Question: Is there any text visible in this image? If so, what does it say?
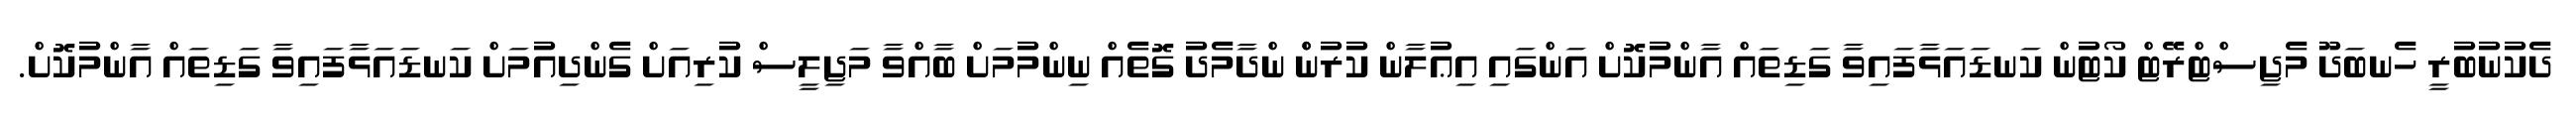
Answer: ދެކުނުބުރީ ހެނބަދޫ މެޖިސްޓްރޭޓް ކޯޓުން ކަނޑައަޅާފައިވާ ގަޑިތައް އާންމުކޮށް އަންގައި އިޢުލާން ކުރުންް ންދާމެދު ގޮތެއް ނިންމުމަށް ބާއްވާ މަޖިލީސް ކުރިއަށް ގެންދިއުމަށް ކަނޑައަޅާފައިވާ ގަޑިތައް އާންމުކޮށް.